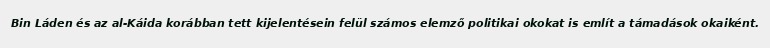
Bin Láden és az al-Káida korábban tett kijelentésein felül számos elemző politikai okokat is említ a támadások okaiként.